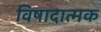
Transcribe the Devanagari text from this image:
विषादात्मक